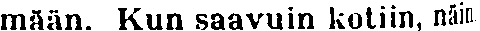
mään. Kun saavuin kotiin, näin